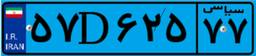
۵۷D۶۲۵۷۷